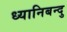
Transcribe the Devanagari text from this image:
ध्यानिबन्दु